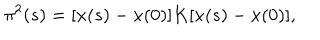
\pi ^ { 2 } ( s ) = [ x ( s ) - x ( 0 ) ] K [ x ( s ) - x ( 0 ) ] ,